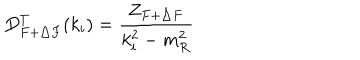
LaTeX: D _ { F + \triangle F } ^ { T } ( k _ { i } ) = \frac { Z _ { F + \triangle F } } { k _ { i } ^ { 2 } - m _ { R } ^ { 2 } }